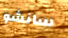
سانشو